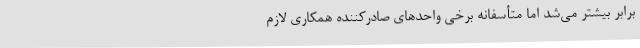
برابر بیشتر می‌شد اما متأسفانه برخی واحدهای صادرکننده همکاری لازم